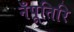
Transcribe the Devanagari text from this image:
नँपूतिरि